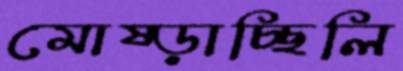
মোষ্‌ড়াচ্ছিলি